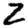
Digit: 2